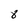
Character: 8